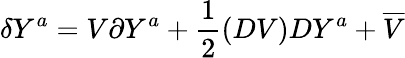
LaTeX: \delta Y^{a}=V\partial Y^{a}+\frac{1}{2}\left(DV\right)DY^{a}+\overline{{{V}}}